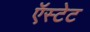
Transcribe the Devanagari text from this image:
ऍस्टेट